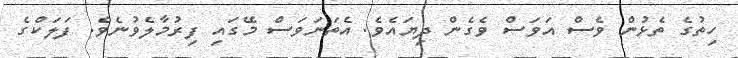
ހިތުގެ ތެޅުން ވެސް އަވަސް ވެގެން ދިޔައެވެ. އެތަނަވަސް މޭގައި ފިރުމާލެވުނެވެ. ފަލަކްގެ